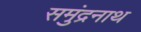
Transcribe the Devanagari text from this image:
समुंद्रनाथ